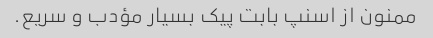
ممنون از اسنپ بابت پیک بسیار مؤدب و سریع.